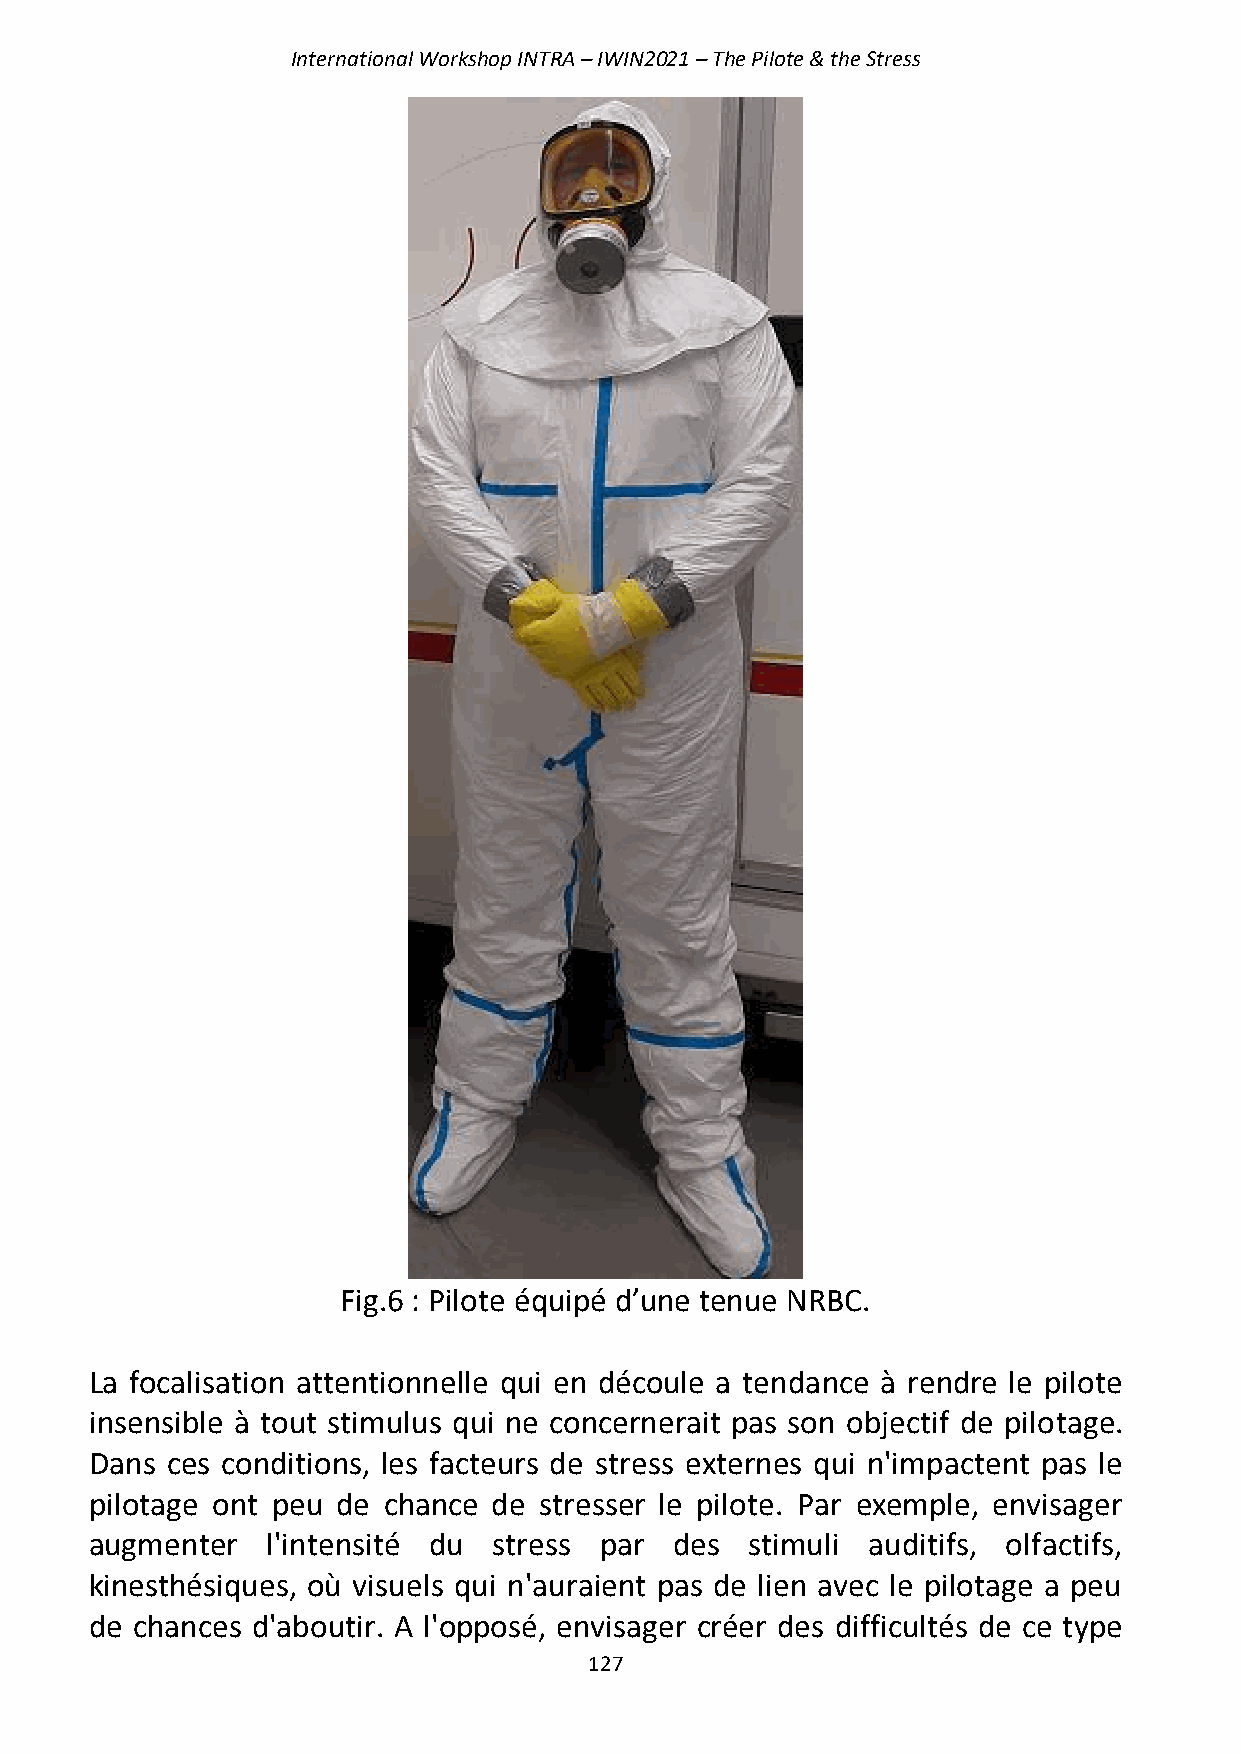
International Workshop INTRA – IWIN2021 – The Pilote & the Stress
 Fig.6 : Pilote équipé d’une tenue NRBC.
 La focalisation attentionnelle qui en découle a tendance à rendre le pilote
 insensible à tout stimulus qui ne concernerait pas son objectif de pilotage.
 Dans ces conditions, les facteurs de stress externes qui n'impactent pas le
 pilotage ont peu de chance de stresser le pilote. Par exemple, envisager
 augmenter   l'intensité du stress par  des  stimuli auditifs, olfactifs,
 kinesthésiques, où visuels qui n'auraient pas de lien avec le pilotage a peu
 de chances d'aboutir. A l'opposé, envisager créer des difficultés de ce type
 127